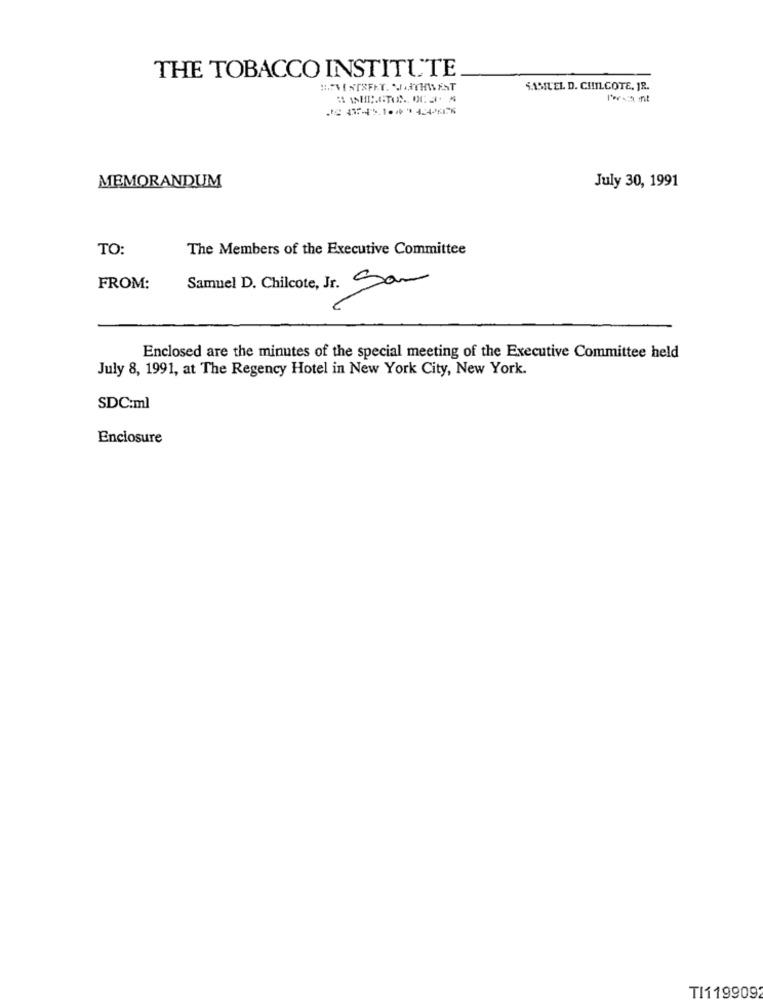
THE TOBACCO INSTITUTE
SAMUEL D. CHILCOTE, JR.
MEMORANDUM
July 30, 1991
TO:
The Members of the Executive Committee
FROM:
Samuel D. Chilcote, Jr. San
Enclosed are the minutes of the special meeting of the Executive Committee held
July 8, 1991, at The Regency Hotel in New York City, New York.
SDC:ml
Enclosure
TI1199092